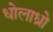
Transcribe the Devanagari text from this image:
धोलाध्रो